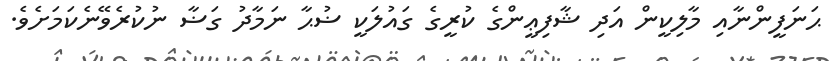
ޙަނަފީންނާއި މާލިކީން އަދި ޝާފިޢީންގެ ކުރީގެ ގައުލަކީ ޟުޙާ ނަމާދު ގަޟާ ނުކުރެވޭނެކަމަށެވެ.